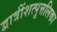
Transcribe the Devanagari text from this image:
द्वात्रींशत्पुत्तलिका